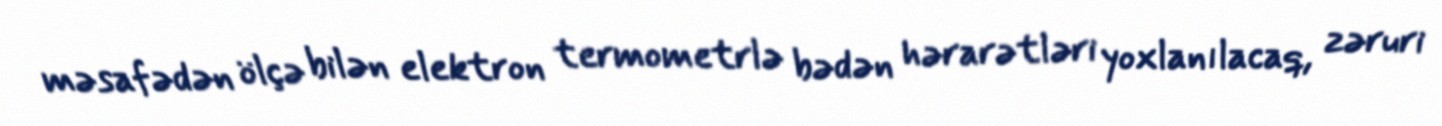
məsafədən ölçə bilən elektron termometrlə bədən hərarətləri yoxlanılacaq, zəruri